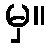
မှ။